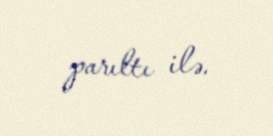
parıltı ilə.